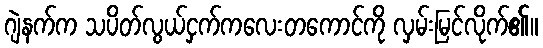
ဂျဲနက်က သပိတ်လွယ်ငှက်ကလေးတကောင်ကို လှမ်းမြင်လိုက်၏။